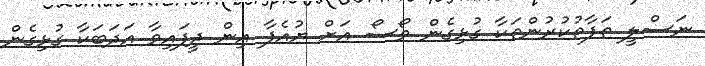
ނަސްލީ ތަފާތުކުރުންތަކާ ގުޅިގެން ވޯސޯ އަށް ޔުއެފާ އިން ދީފައިވާ އަދަބަކާ ގުޅިގެން